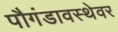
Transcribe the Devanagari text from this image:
पौगंडावस्थेवर